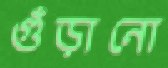
গুঁড়ানো